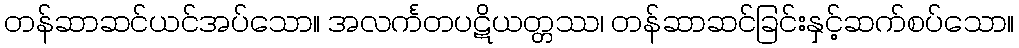
တန်ဆာဆင်ယင်အပ်သော။ အလင်္ကတပဋိယတ္တဿ၊ တန်ဆာဆင်ခြင်းနှင့်ဆက်စပ်သော။